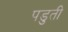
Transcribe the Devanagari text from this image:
पडुती